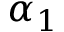
\alpha _ { 1 }